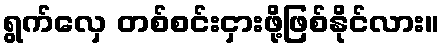
ရွက်လှေ တစ်စင်းငှားဖို့ဖြစ်နိုင်လား။